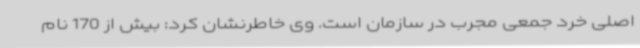
اصلی خرد جمعی مجرب در سازمان است. وی خاطرنشان کرد: بیش از 170 نام